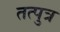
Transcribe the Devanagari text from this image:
तत्पुत्र